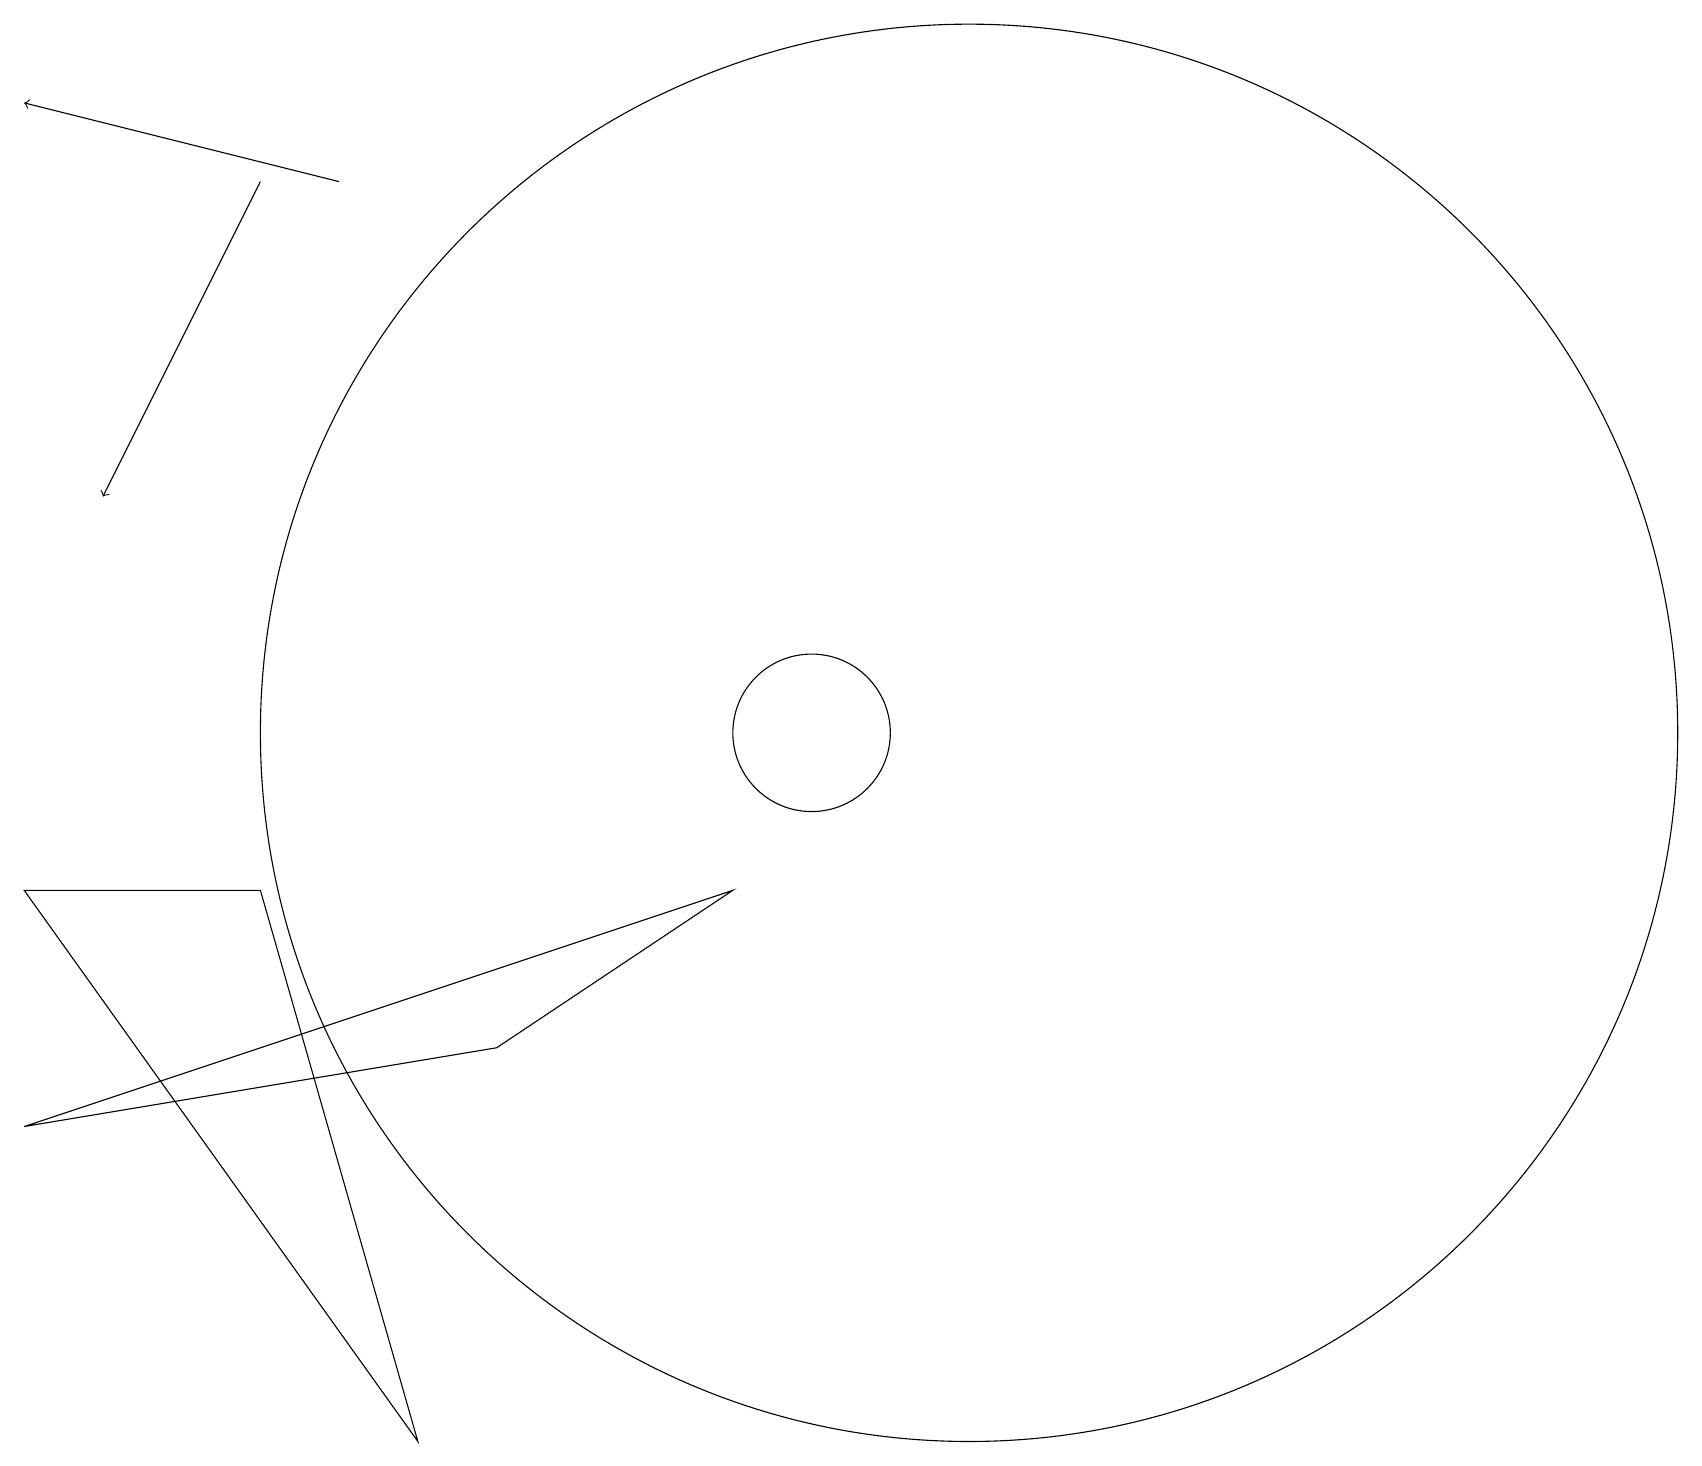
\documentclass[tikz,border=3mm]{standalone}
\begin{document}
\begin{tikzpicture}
\draw[->] (3,17) -- (1,13);
\draw (6,6) -- (0,5) -- (9,8) -- cycle;
\draw (12,10) circle (9);
\draw (10,10) circle (1);
\draw (3,8) -- (0,8) -- (5,1) -- cycle;
\draw[->] (4,17) -- (0,18);
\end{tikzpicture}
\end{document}